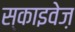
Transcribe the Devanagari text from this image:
स्काइवेज़